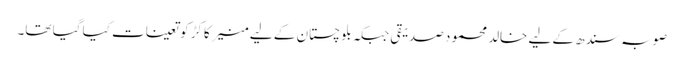
صوبہ سندھ کے لیے خالد محمود صدیقی جبکہ بلوچستان کے لیے منیر کاکڑ کو تعینات کیا گیا تھا۔